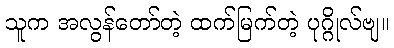
သူက အလွန်တော်တဲ့ ထက်မြက်တဲ့ ပုဂ္ဂိုလ်ဗျ။